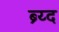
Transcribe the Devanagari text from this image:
ब्र्य्द